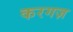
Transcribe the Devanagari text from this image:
करगज़